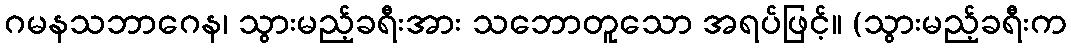
ဂမနသဘာဂေန၊ သွားမည့်ခရီးအား သဘောတူသော အရပ်ဖြင့်။ (သွားမည့်ခရီးက